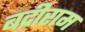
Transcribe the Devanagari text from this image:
बद्रीराम